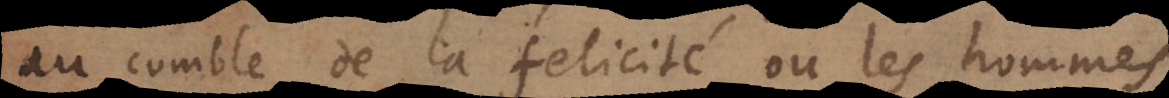
au comble de la felicité où les hommes